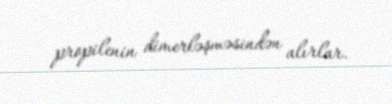
propilenin dimerləşməsindən alırlar.